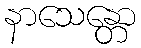
နာသေန္တော